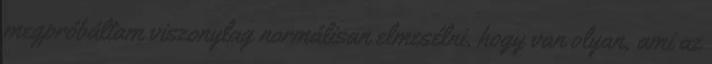
megpróbáltam viszonylag normálisan elmesélni, hogy van olyan, ami az